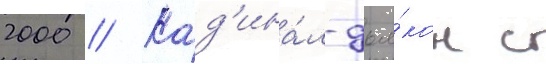
2000 // Кард'ина́л-дья́кон с